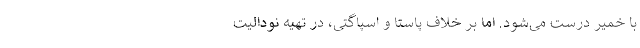
با خمیر درست می‌شود. اما بر خلاف پاستا و اسپاگتی، در تهیه نودالیت